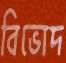
বিভোদ